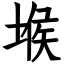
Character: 堠